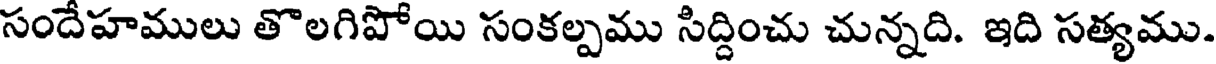
సందేహములు తొలగిపోయి సంకల్పము సిద్దించు చున్నది. ఇది సత్యము.